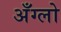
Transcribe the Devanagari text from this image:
अँग्लो